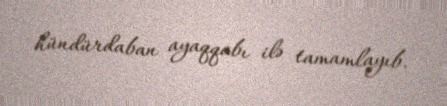
hündürdaban ayaqqabı ilə tamamlayıb.